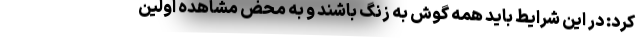
کرد: در این شرایط باید همه گوش به زنگ باشند و به محض مشاهده اولین